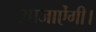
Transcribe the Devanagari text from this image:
आजाऐंगी।